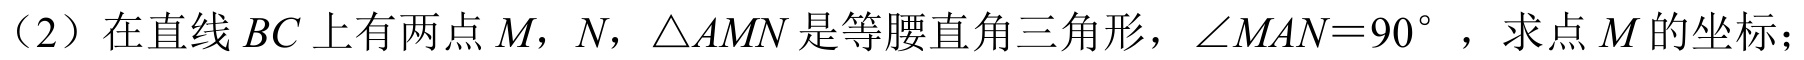
（2）在直线\(BC\)上有两点\(M，N\)，\(\triangle AMN\)是等腰直角三角形，\(\angle MAN = 90^{\circ}\)，求点\(M\)的坐标；